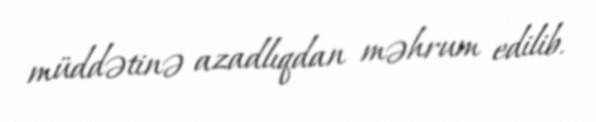
müddətinə azadlıqdan məhrum edilib.